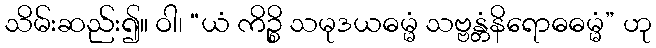
သိမ်းဆည်း၍။ ဝါ၊ “ယံ ကိဉ္စိ သမုဒယဓမ္မံ သဗ္ဗန္တံနိရောဓဓမ္မံ” ဟု